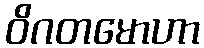
ဝိဂတမောဟာ